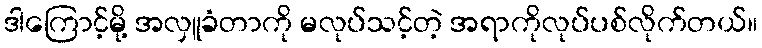
ဒါကြောင့်မို့ အလှူခံတာကို မလုပ်သင့်တဲ့ အရာကိုလုပ်ပစ်လိုက်တယ်။